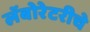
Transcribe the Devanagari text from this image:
लॅबोरेटरीचे